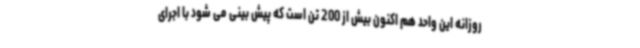
روزانه این واحد هم اکنون بیش از 200 تن است که پیش بینی می شود با اجرای